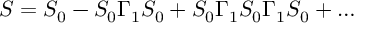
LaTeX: S = S _ { 0 } - S _ { 0 } \Gamma _ { 1 } S _ { 0 } + S _ { 0 } \Gamma _ { 1 } S _ { 0 } \Gamma _ { 1 } S _ { 0 } + \ldots